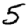
Digit: 5